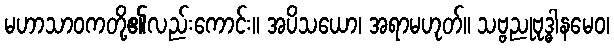
မဟာသာဝကတို့၏လည်းကောင်း။ အပိသယော၊ အရာမဟုတ်။ သဗ္ဗညုဗုဒ္ဓါနမေဝ၊